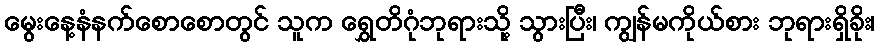
မွေးနေ့နံနက်စောစောတွင် သူက ရွှေတိဂုံဘုရားသို့ သွားပြီး၊ ကျွန်မကိုယ်စား ဘုရားရှိခိုး၊